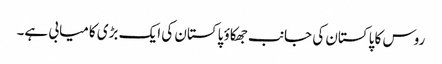
روس کا پاکستان کی جانب جھکاؤ پاکستان کی ایک بڑی کامیابی ہے۔